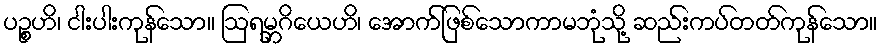
ပဉ္စဟိ၊ ငါးပါးကုန်သော။ ဩရမ္ဘဂိယေဟိ၊ အောက်ဖြစ်သောကာမဘုံသို့ ဆည်းကပ်တတ်ကုန်သော။